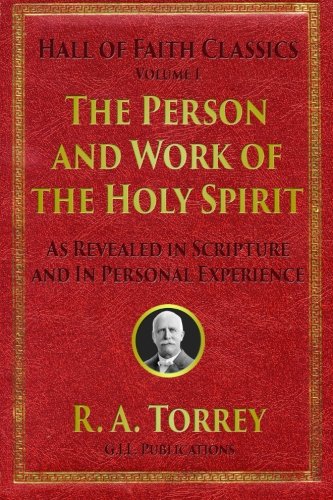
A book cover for The Person and Work of the Holy Spirit: As Revealed in Scriptures and Personal Experience (Hall of Faith Classics) (Volume 1); R. A. Torrey; Christian Books & Bibles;